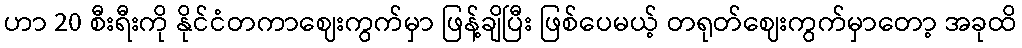
ဟာ 20 စီးရီးကို နိုင်ငံတကာဈေးကွက်မှာ ဖြန့်ချိပြီး ဖြစ်ပေမယ့် တရုတ်ဈေးကွက်မှာတော့ အခုထိ